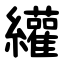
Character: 䌯